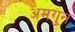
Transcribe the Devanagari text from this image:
अमगुन